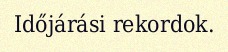
Időjárási rekordok.